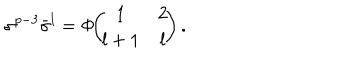
LaTeX: \sigma ^ { p - 3 } \bar { \sigma } ^ { l } = \Phi \! \! \left( \! \! \begin{array} { c c } { { 1 } } & { { 2 } } \\ { { l + 1 } } & { { l } } \\ \end{array} \! \! \right) .